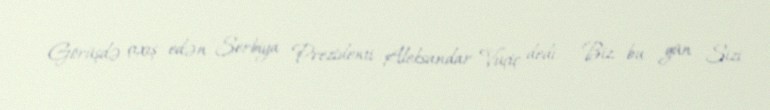
Görüşdə çıxış edən Serbiya Prezidenti Aleksandar Vuçiç dedi: - Biz bu gün Sizi